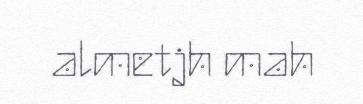
almetjh mah